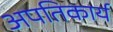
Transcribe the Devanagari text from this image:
अपतिकार्य